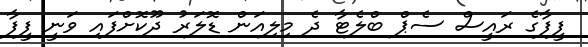
ފީފާގެ ރައީސް ސެޕް ބްލެޓާ ދެ މިލިއަން ޑޮލަރު ދޫކޮށްފައި ވަނީ ފީފާ